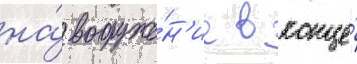
на́ вооруже́н'ие в конце́